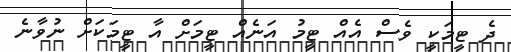
ދެ ޓީމަކީ ވެސް އެއް ޓީމު އަނެއް ޓީމަށް އާ ޓީމަކަށް ނުވާނެ